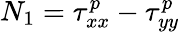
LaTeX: N_{1}=\tau_{xx}^{p}-\tau_{yy}^{p}